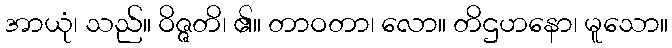
အာယုံ၊ သည်။ ဝိဇ္ဇတိ၊ ၏။ တာဝတာ၊ လော။ တိဌဟနော၊ မူသော။